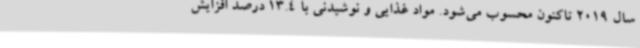
سال 2019 تاکنون محسوب می‌شود. مواد غذایی و نوشیدنی با 13.4 درصد افزایش